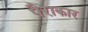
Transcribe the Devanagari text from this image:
पैराकार